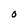
Character: O